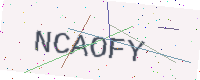
Text: NCAOFY